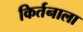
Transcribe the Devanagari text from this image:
किर्तनाला